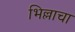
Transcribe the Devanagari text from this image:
भिल्लाचा